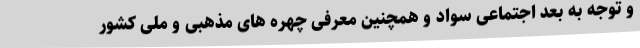
و توجه به بعد اجتماعی سواد و همچنین معرفی چهره های مذهبی و ملی کشور